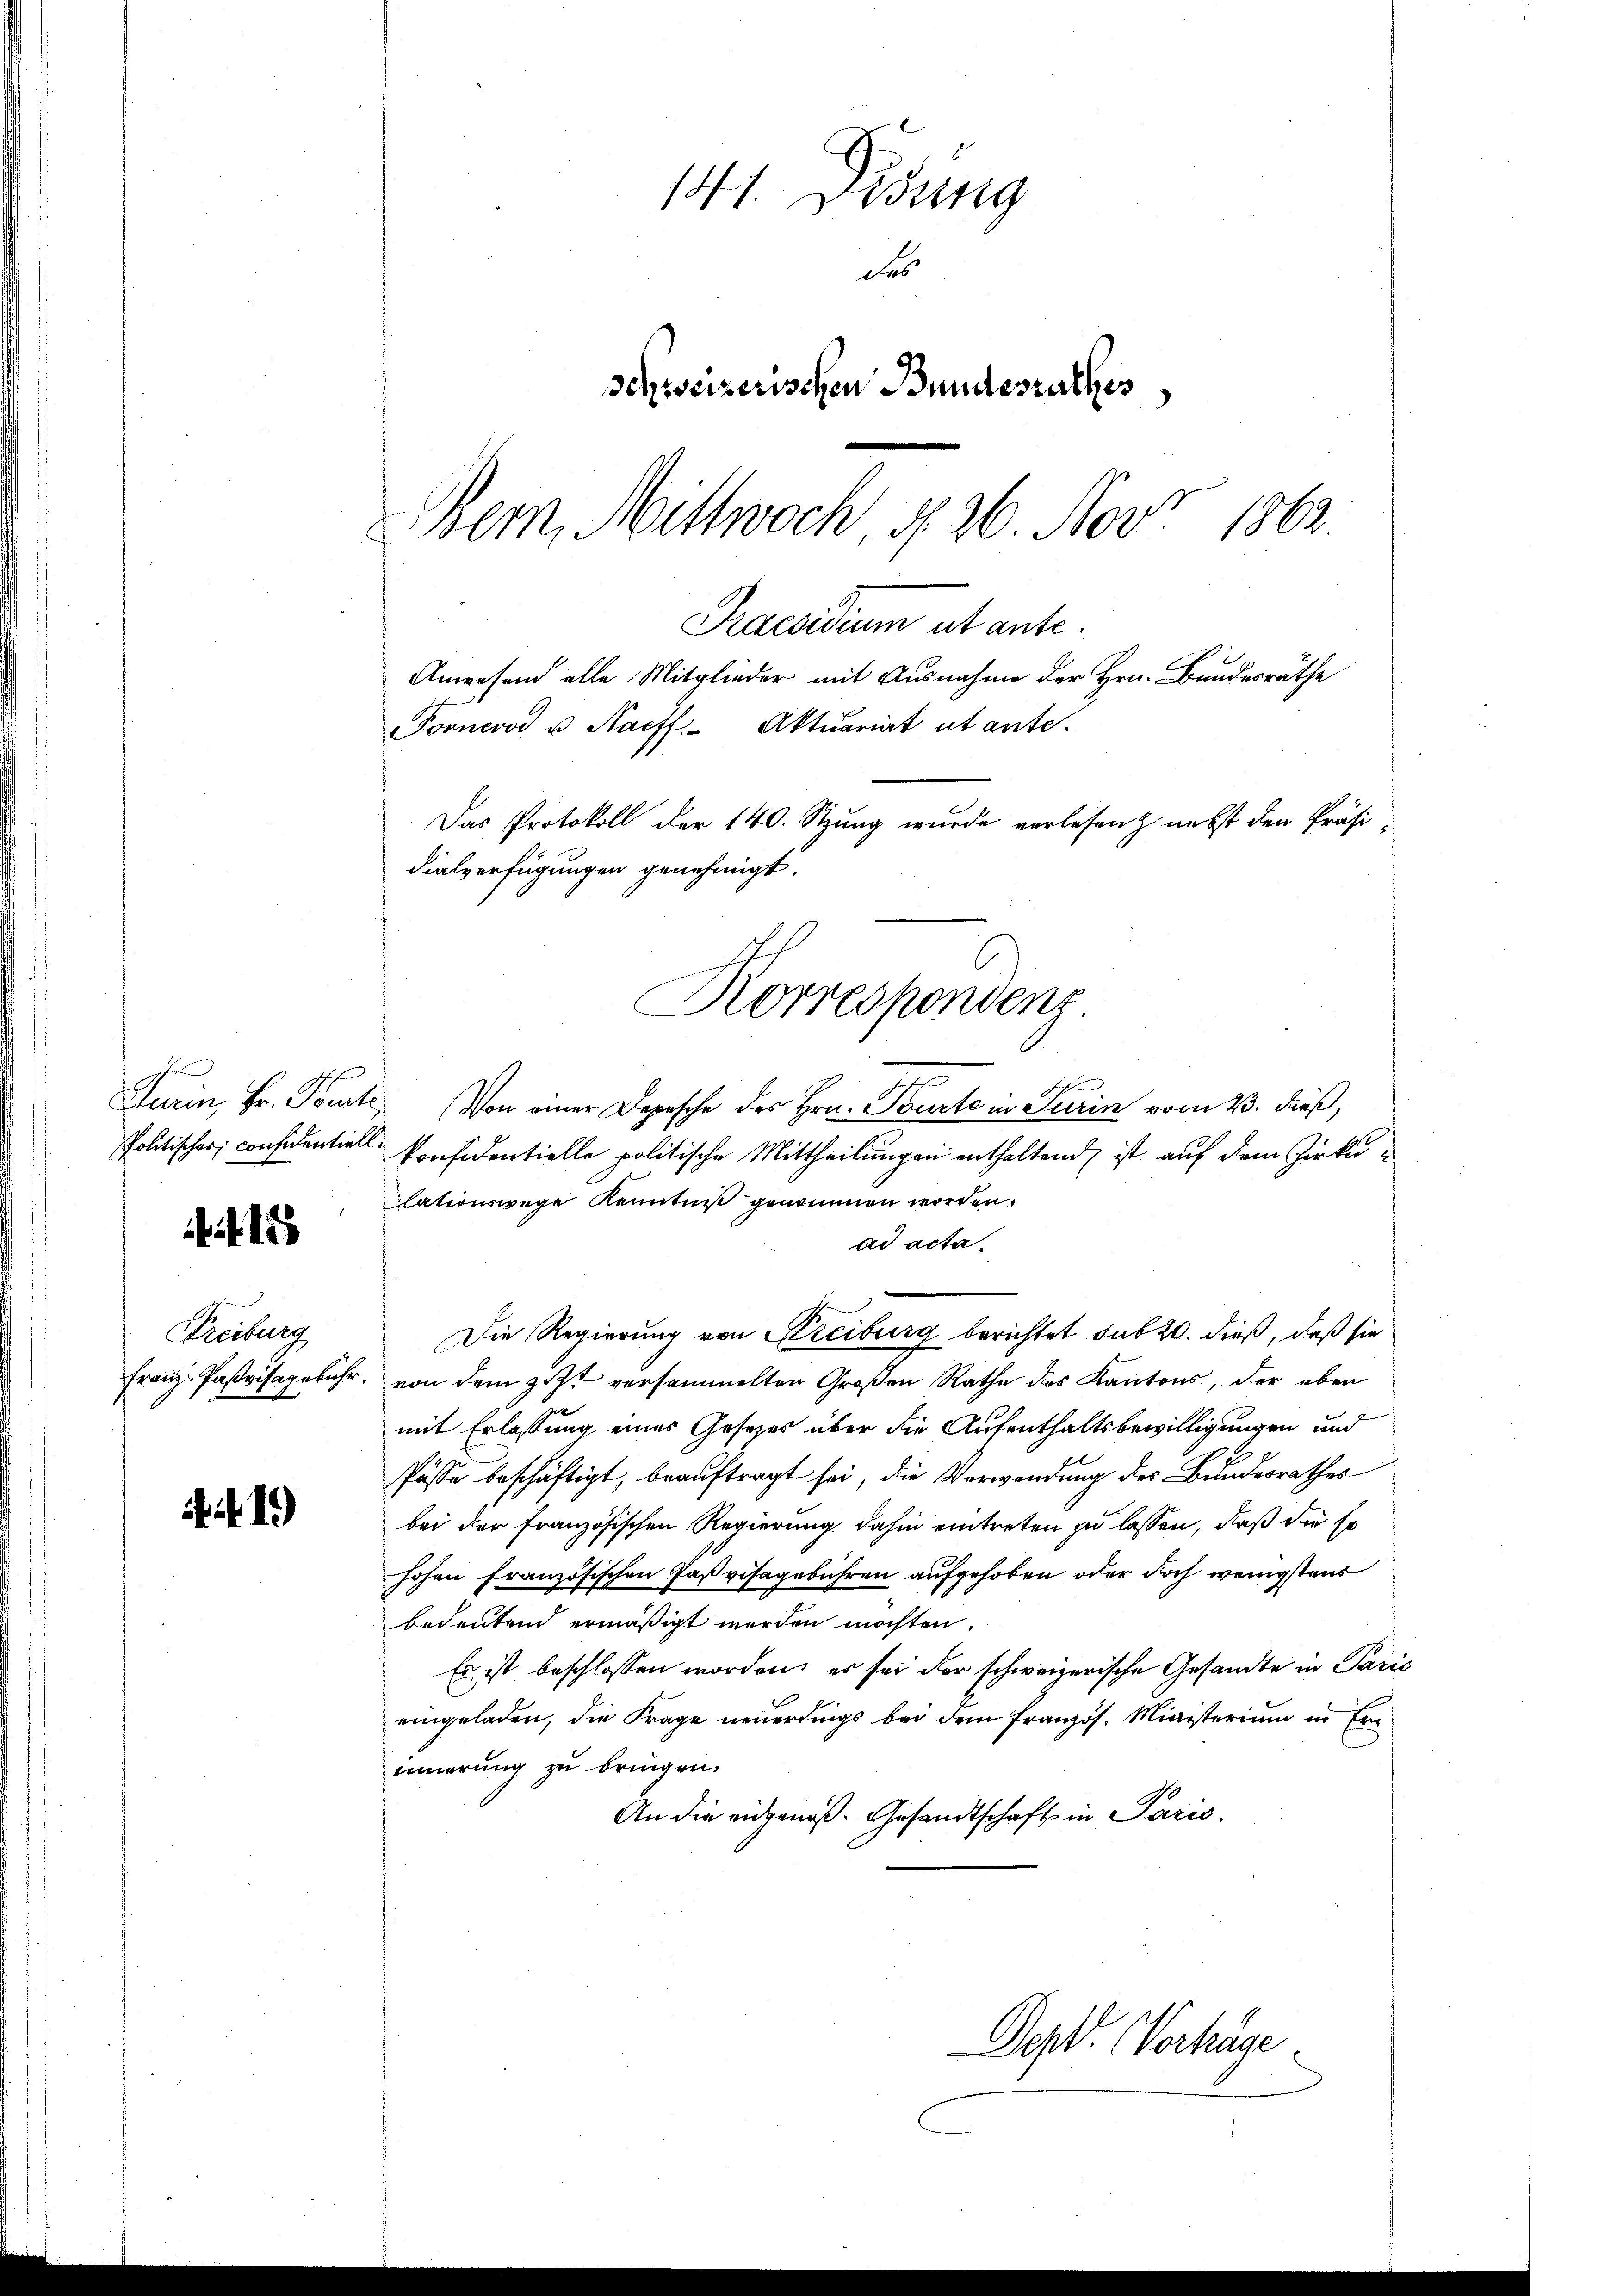
h
Politischer, considentiell
1

Freiburg

1)

h
Turin, Hr. Toute. Von einer Depesche des Hrn. Tourte in Turin vom 23. dieß,
konfidentielle politische Mittheilungen enthaltend ist auf dem Zirku
lationswege Kenntniß genommen worden.
ad acta.
Die Regierung von Kreiburg berichtet sub 20. dieß, daß sie
Franz Paßvisagebühr, von dem zit versammelten Großen Rathe des Kantons, der eben
mit Erlassung eines Gesetzes über die Aufenthaltsbewilligungen und
Pässe beschäftigt, beauftragt sei, die Verwendung des Bundesrathes
bei der französischen Regierung dahin eintreten zu lassen, daß die so
hohen französischen Paßvisagebühren aufgehoben oder doch wenigstens
bedeutend ermäßigt werden möchten.
Er ist beschlossen worden, es sei der schweizerische Gesandte in Parić
eingeladen, die Frage neuerdings bei dem Französ. Ministerium in Erinnerung zu bringen.
An die eidgenoß. Gesandtschaft in Paris.
Dopf. Verhäge

Praesidium et ante.
Anwesend alle Mitglieder mit Ausnahme der Hrn. Bundesräthe
Forneros u Naeff. Aktuariat ut ante-
Das Protokoll der 140. Sitzung wurde verlesen nebst den Präsidialverfügungen genehmigt.
Korrespondenz

141. Disung
des
Schweizerischen Bundesrathes
Dem Mittwoch, § 26. Nov. 1862.